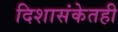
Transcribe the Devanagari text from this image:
दिशासंकेतही